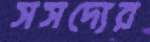
সসদ্যের